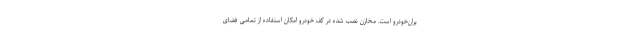
یران‌خودرو است. مخازن نصب شده در کف خودرو امکان استفاده از تمامی فضای